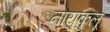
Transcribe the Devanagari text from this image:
नायुकुलू